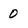
Character: 0